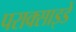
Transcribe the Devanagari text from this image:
पराक्साइडें